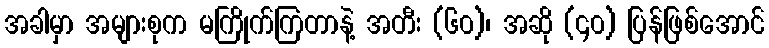
အခါမှာ အများစုက မကြိုက်ကြတာနဲ့ အတီး (၆၀)၊ အဆို (၄၀) ပြန်ဖြစ်အောင်